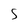
Character: S